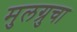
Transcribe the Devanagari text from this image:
मुलग्रुचा